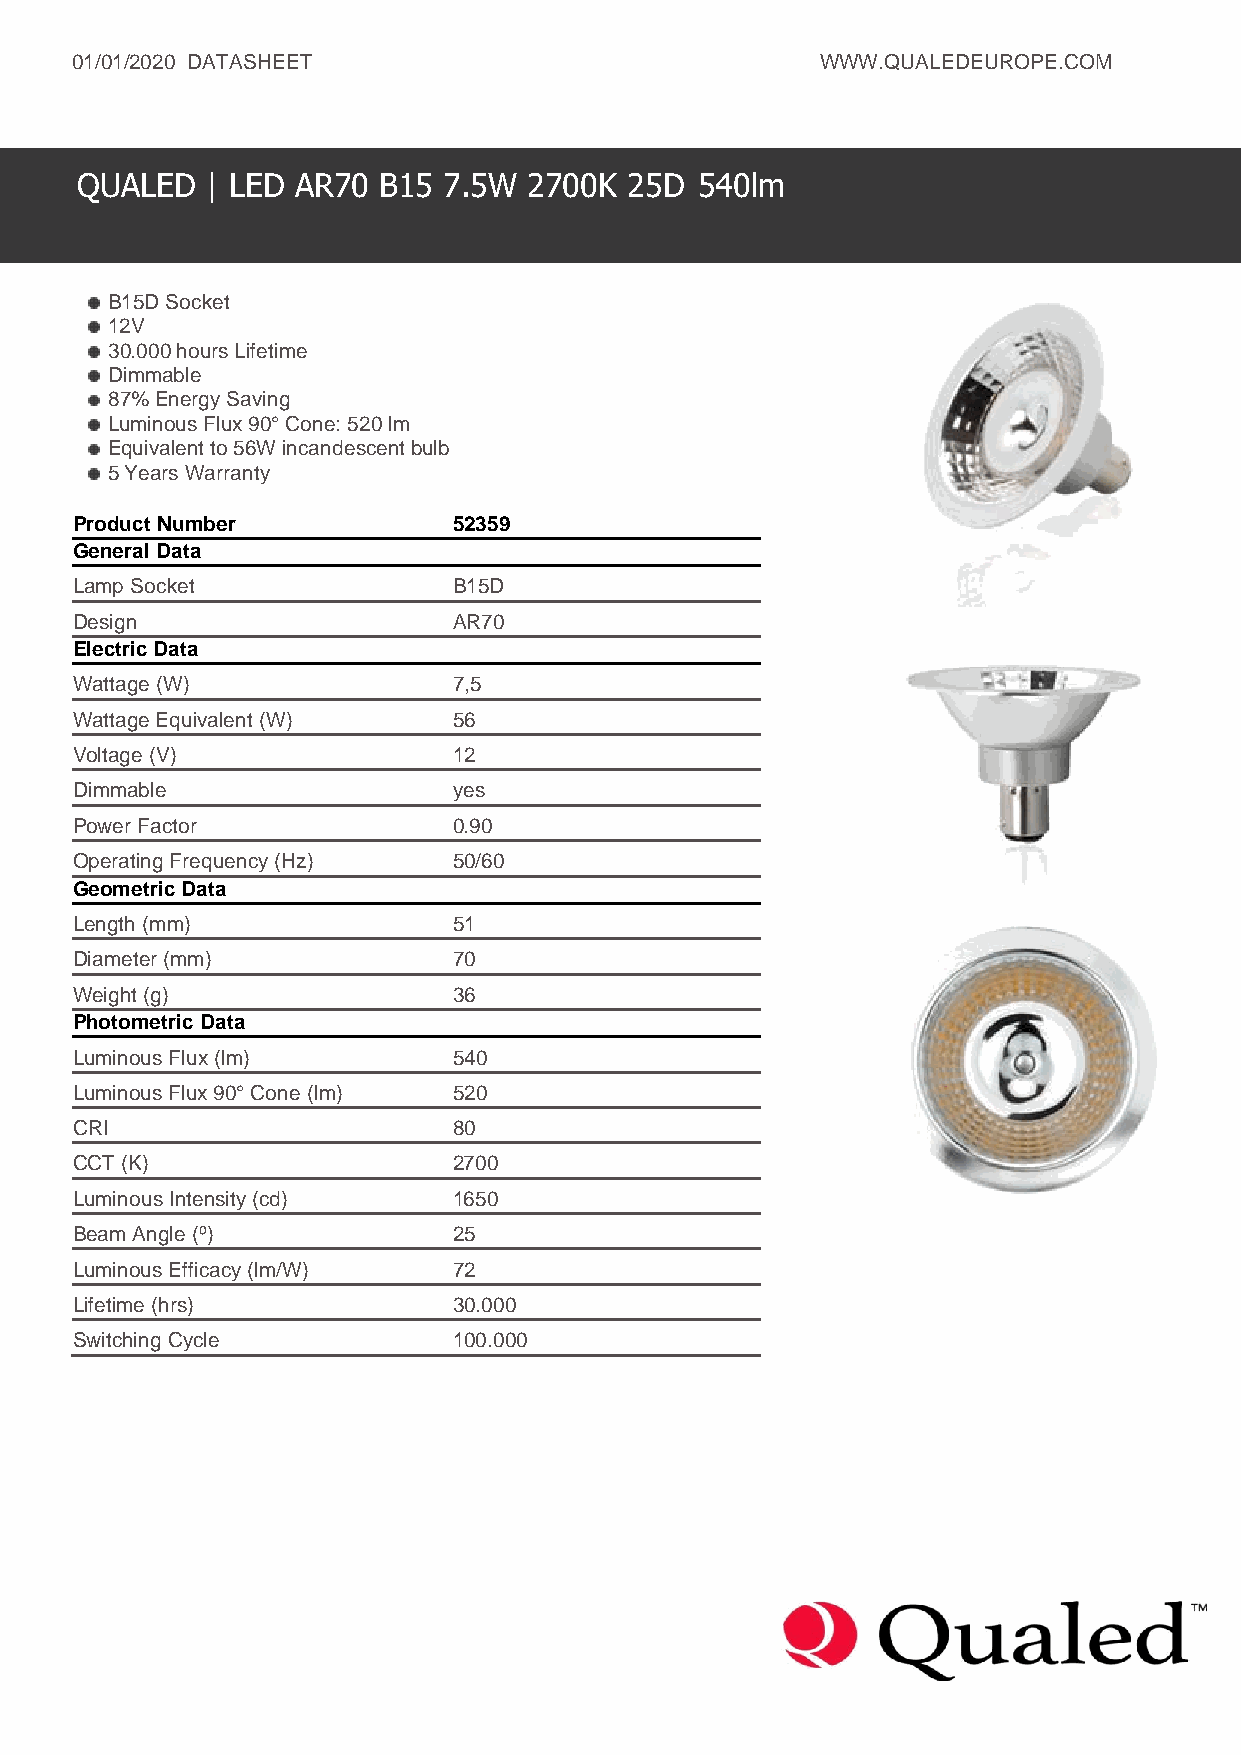
01/01/2020 DATASHEET                             WWW.QUALEDEUROPE.COM
 QUALED   | LED AR70 B15 7.5W  2700K  25D 540lm
 B15D Socket
 12V
 30.000 hours Lifetime
 Dimmable
 87% Energy Saving
 Luminous Flux 90° Cone: 520 lm
 Equivalent to 56W incandescent bulb
 5 Years Warranty
 Product Number           52359
 General Data
 Lamp Socket              B15D
 Design                   AR70
 Electric Data
 Wattage (W)              7,5
 Wattage Equivalent (W)   56
 Voltage (V)              12
 Dimmable                 yes
 Power Factor             0.90
 Operating Frequency (Hz) 50/60
 Geometric Data
 Length (mm)              51
 Diameter (mm)            70
 Weight (g)               36
 Photometric Data
 Luminous Flux (lm)       540
 Luminous Flux 90° Cone (lm) 520
 CRI                      80
 CCT (K)                  2700
 Luminous Intensity (cd)  1650
 Beam Angle (º)           25
 Luminous Efficacy (lm/W) 72
 Lifetime (hrs)           30.000
 Switching Cycle          100.000